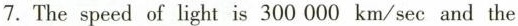
7. The speed of light is 300 000 km/sec and the